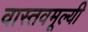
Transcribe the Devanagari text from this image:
वास्तवमूल्यी